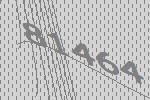
81464